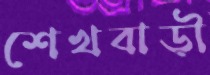
শেখবাড়ী